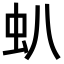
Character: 𧈢